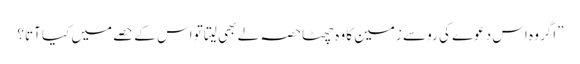
”اگر وہ اس دعوے کی رو سے زمین کا وہ چھٹاحصہ لے بھی لیتا تو اس کے حصے میں کیا آتا؟